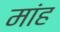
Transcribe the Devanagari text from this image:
मांह